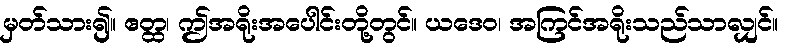
မှတ်သား၍။ ဧတ္ထ၊ ဤအရိုးအပေါင်းတို့တွင်။ ယဒေဝ၊ အကြင်အရိုးသည်သာလျှင်။